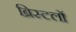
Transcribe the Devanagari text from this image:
ब्रिस्टलों